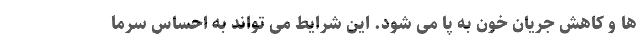
ها و کاهش جریان خون به پا می شود. این شرایط می تواند به احساس سرما